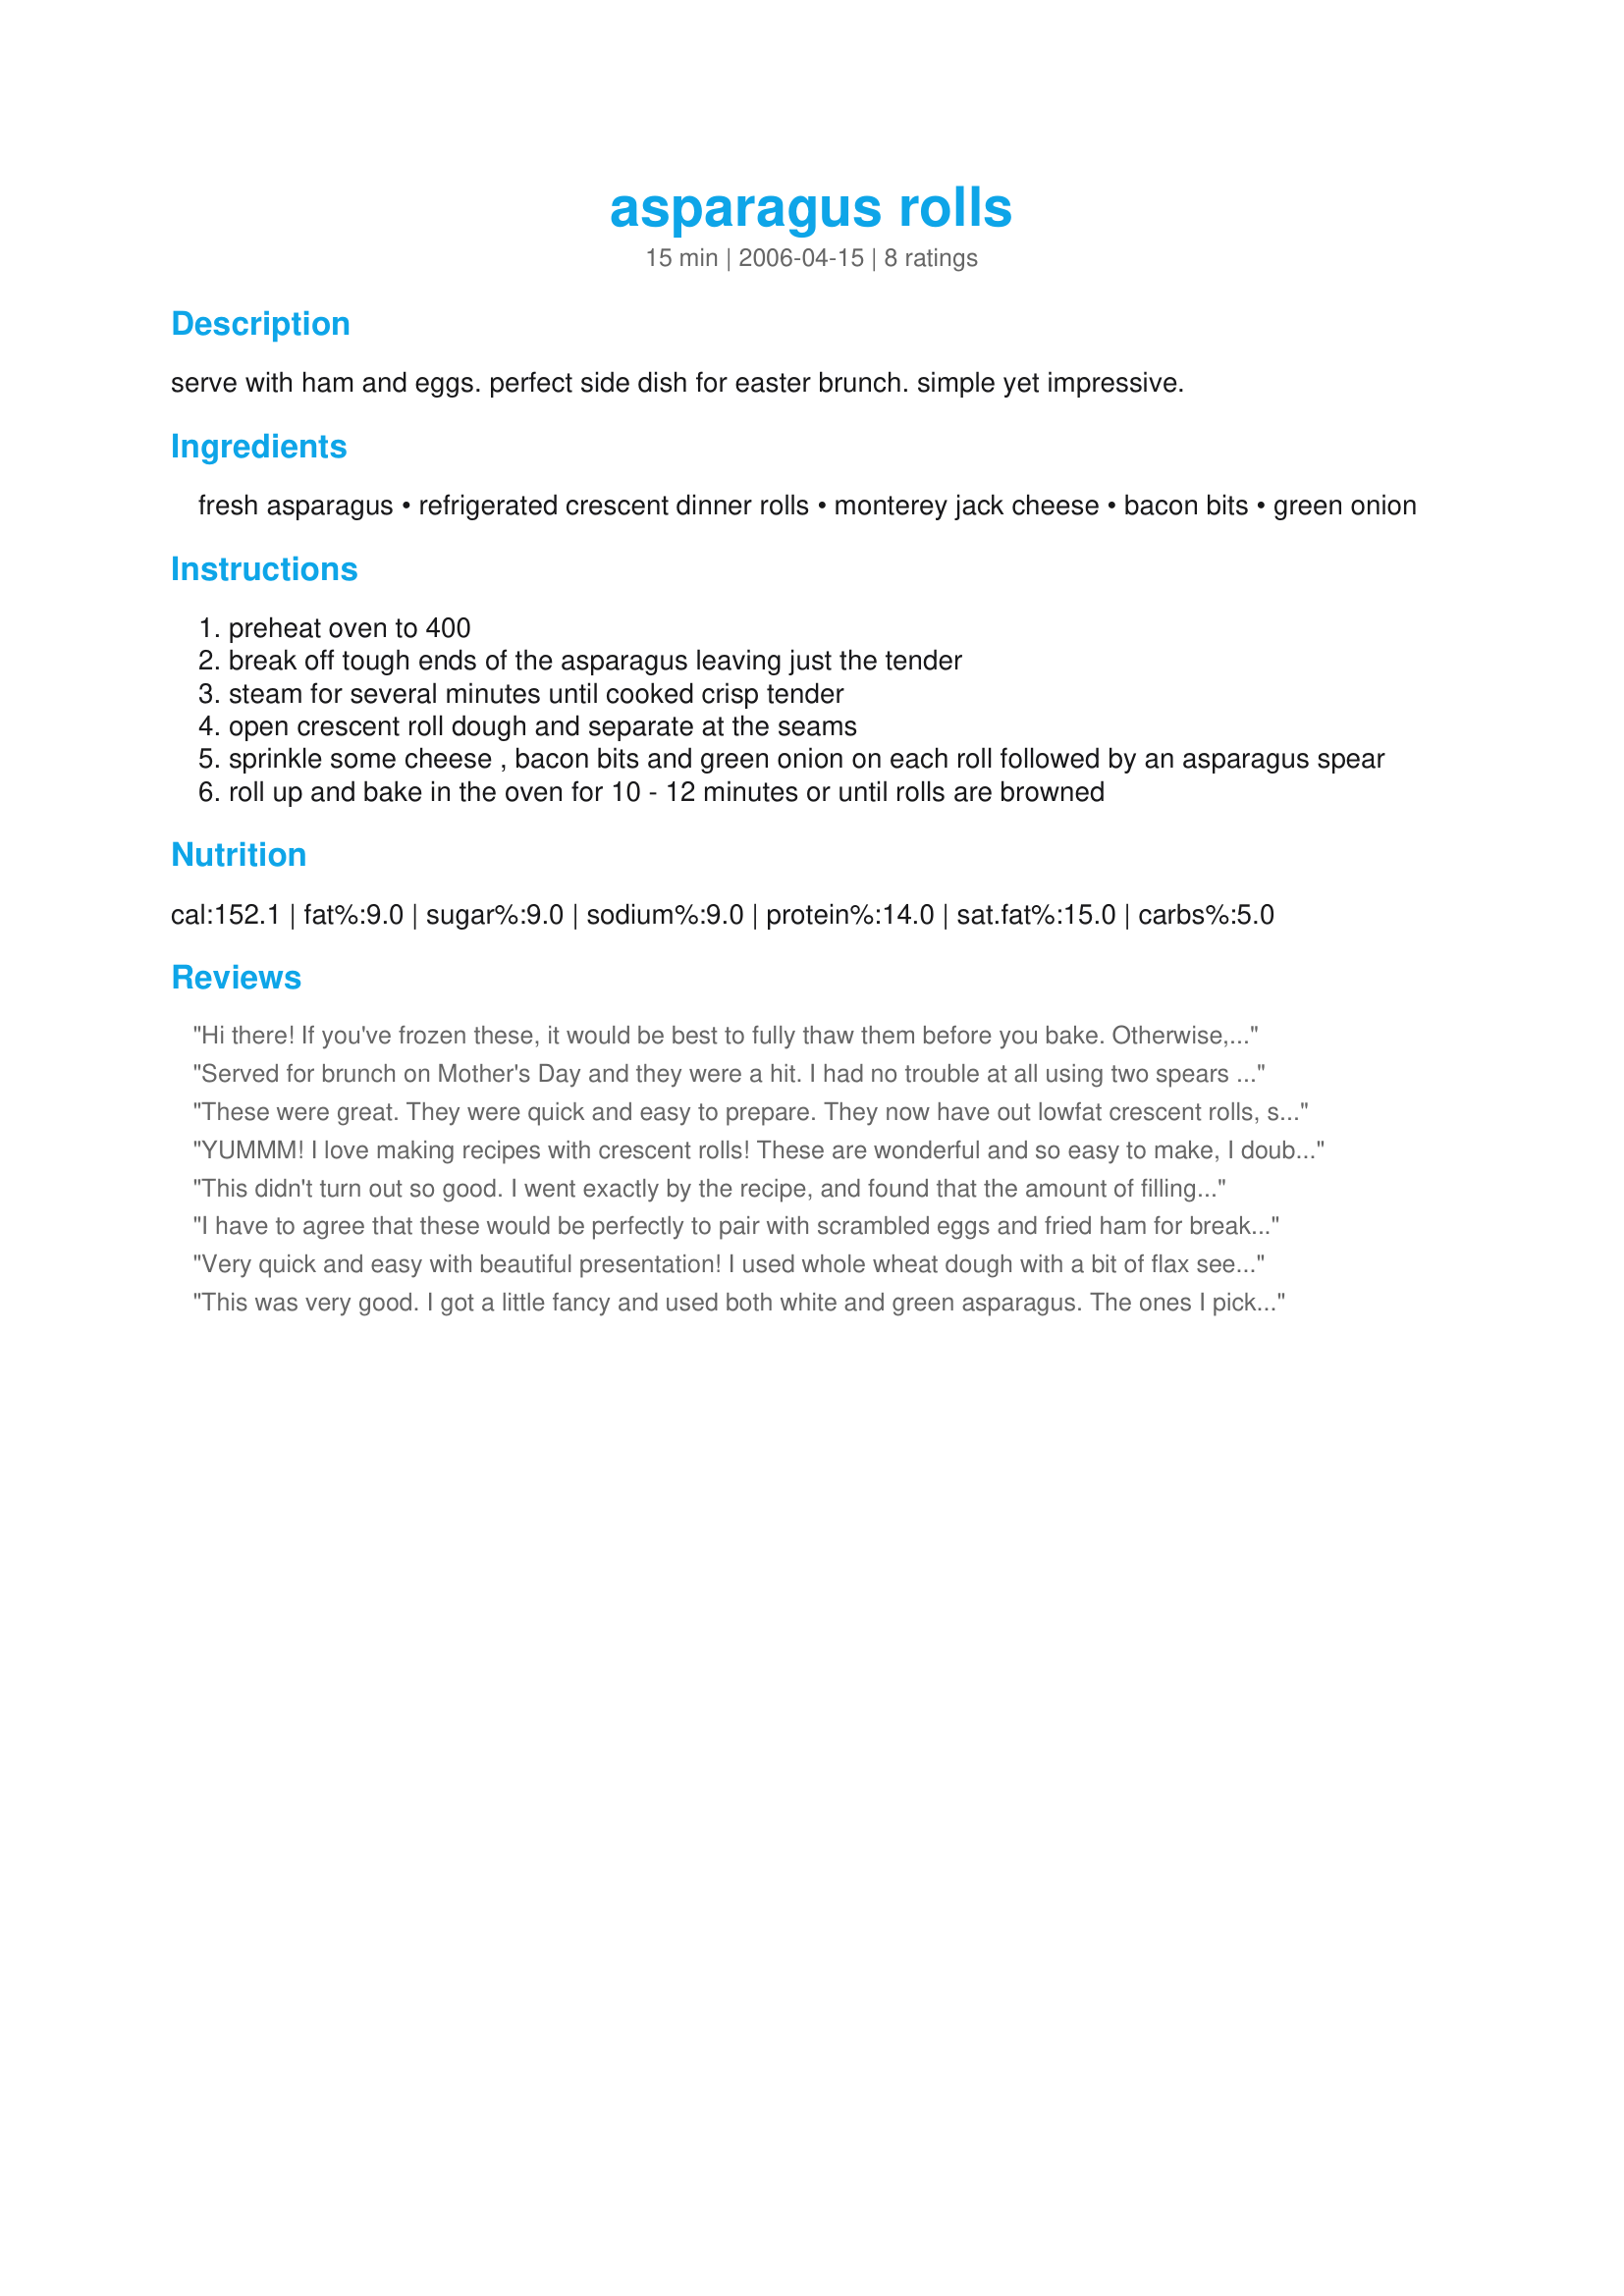
asparagus rolls
Preparation time: 15 minutes

serve with ham and eggs. perfect side dish for easter brunch. simple yet impressive.

Ingredients:
fresh asparagus, refrigerated crescent dinner rolls, monterey jack cheese, bacon bits, green onion

Steps:
preheat oven to 400
break off tough ends of the asparagus leaving just the tender
steam for several minutes until cooked crisp tender
open crescent roll dough and separate at the seams
sprinkle some cheese , bacon bits and green onion on each roll followed by an asparagus spear
roll up and bake in the oven for 10 - 12 minutes or until rolls are browned

Reviews:
Hi there! If you've frozen these, it would be best to fully thaw them before you bake. Otherwise, your crescents might turn out undercooked. Let us know how it turns out!
Served for brunch on Mother's Day and they were a hit. I had no trouble at all using two spears of asparagus in each one. Made some with bacon and some without. Put a bacon bit on top of the ones with bacon inside to let guests know which ones had bacon. Delicious!
These were great. They were quick and easy to prepare. They now have out lowfat crescent rolls, so I used them. Great way to prepare asparagus and these would look lovely at a party.
YUMMM! I love making recipes with crescent rolls! These are wonderful and so easy to make, I doubled the recipe to give to my DS, there are no changes necessary for this recipe it is delicious as is, thanks so much for sharing Kel...Kitten:)
This didn't turn out so good. I went exactly by the recipe, and found that the amount of filling was too much to fit into the roll. So the finished product wasn't pretty at all, more of a gooey mess. Also, asparagus is hard to bite through (stringy) so at my first bite I pulled the entire stalk out of the roll by accident, as did my son. My husband cut his into bites with a knife. The flavor was pretty good, but I won't make again.
I have to agree that these would be perfectly to pair with scrambled eggs and fried ham for breakfast or brunch. I served them on their own for a quick and easy Sunday morning treat. I loved the buttery flavor of the crescent rolls combined with the cheese and bacon, adding the earthiness of the asparagus really rounds out the taste experience. Next time, I might even include a couple of asparagus spears in each roll. Extra veggies are always a good thing.
Very quick and easy with beautiful presentation! I used whole wheat dough with a bit of flax seed and minced garlic instead of onions. I may try two asparagus spears in each next time... thanks for posting!
This was very good. I got a little fancy and used both white and green asparagus. The ones I picked were on the thin side, so I was able to place one of each color into the roll. It was so pretty and quite simple to make. My only problem was that some of the stems held on to water and made the rolls a little soggy. I think this was all user error though and not something against the directions of this recipe. I will make these again soon, and I will be holding the spears in some paper towel before rolling them up. Made and Reviewed for 123 Hit Wonders tag - Thanks! :)
